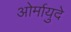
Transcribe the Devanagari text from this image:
ओर्मायुदे